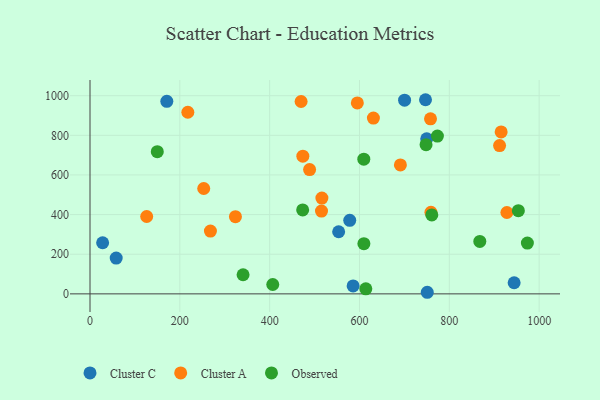
{"axis": {"x": "Investment", "y": "Salary"}, "legend": ["Cluster A", "Cluster C", "Observed"], "data": [{"x": "171.0", "y": 971.7, "type": "Cluster C"}, {"x": "553.6", "y": 313.4, "type": "Cluster C"}, {"x": "944.3", "y": 56.0, "type": "Cluster C"}, {"x": "585.8", "y": 39.8, "type": "Cluster C"}, {"x": "58.3", "y": 180.7, "type": "Cluster C"}, {"x": "747.0", "y": 979.6, "type": "Cluster C"}, {"x": "28.1", "y": 257.8, "type": "Cluster C"}, {"x": "700.4", "y": 977.3, "type": "Cluster C"}, {"x": "750.9", "y": 8.0, "type": "Cluster C"}, {"x": "578.3", "y": 370.9, "type": "Cluster C"}, {"x": "749.7", "y": 782.7, "type": "Cluster C"}, {"x": "268.1", "y": 317.0, "type": "Cluster A"}, {"x": "473.9", "y": 694.7, "type": "Cluster A"}, {"x": "470.0", "y": 970.6, "type": "Cluster A"}, {"x": "631.0", "y": 887.0, "type": "Cluster A"}, {"x": "758.1", "y": 883.0, "type": "Cluster A"}, {"x": "323.8", "y": 389.5, "type": "Cluster A"}, {"x": "515.4", "y": 417.8, "type": "Cluster A"}, {"x": "928.2", "y": 410.6, "type": "Cluster A"}, {"x": "253.2", "y": 531.6, "type": "Cluster A"}, {"x": "516.3", "y": 483.4, "type": "Cluster A"}, {"x": "911.9", "y": 748.2, "type": "Cluster A"}, {"x": "595.2", "y": 963.3, "type": "Cluster A"}, {"x": "126.2", "y": 390.4, "type": "Cluster A"}, {"x": "759.1", "y": 411.9, "type": "Cluster A"}, {"x": "217.8", "y": 916.3, "type": "Cluster A"}, {"x": "691.1", "y": 650.4, "type": "Cluster A"}, {"x": "488.9", "y": 627.2, "type": "Cluster A"}, {"x": "915.4", "y": 817.0, "type": "Cluster A"}, {"x": "953.7", "y": 419.7, "type": "Observed"}, {"x": "761.0", "y": 398.2, "type": "Observed"}, {"x": "149.8", "y": 717.3, "type": "Observed"}, {"x": "609.8", "y": 253.0, "type": "Observed"}, {"x": "340.8", "y": 96.4, "type": "Observed"}, {"x": "406.9", "y": 47.2, "type": "Observed"}, {"x": "973.8", "y": 256.5, "type": "Observed"}, {"x": "614.1", "y": 25.5, "type": "Observed"}, {"x": "867.9", "y": 264.4, "type": "Observed"}, {"x": "609.6", "y": 679.5, "type": "Observed"}, {"x": "748.2", "y": 752.8, "type": "Observed"}, {"x": "473.5", "y": 423.6, "type": "Observed"}, {"x": "773.5", "y": 796.1, "type": "Observed"}]}